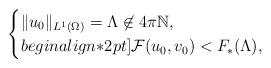
LaTeX: \begin{align*}\begin{cases}\|u_0\|_{L^1(\Omega)} = \Lambda\not\in 4\pi \mathbb{N},\\begin{align*}2pt]\mathcal{F}(u_0,v_0) <F_\ast(\Lambda),\end{cases}\end{align*}